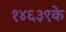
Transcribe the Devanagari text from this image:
१४६३९के